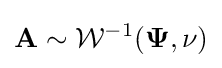
{\mathbf {A} }\sim {\mathcal {W}}^{-1}({\mathbf {\Psi } },\nu )